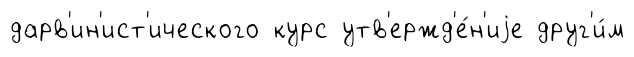
дарв'ин'ист'ического курс утв'ержд'е́н'иjе друг'и́м